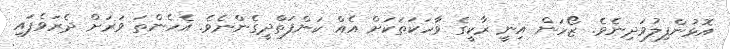
އޮޅުންފިލުވަދިނެވެ. ޒޯހަން އިނީ ރާކީގެ ވާހަކަތަކަށް އެއް ކަންފަތްދީގެންނެވެ. އެހެންތަ ވަރަށް ދެރަވެފައި